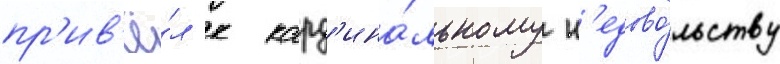
пр'ив'ё́л к кард'ина́льному н'едово́льству